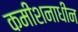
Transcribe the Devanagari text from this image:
कमीशनाधीन